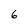
Character: 6